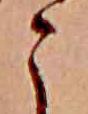
こ